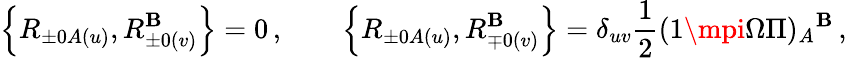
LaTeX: \left\{ R_{\pm0A(u)},R_{\pm0(v)}^{\mathbf{B}}\right\} =0\, ,\qquad\left\{ R_{\pm0A(u)},R_{\mp0(v)}^{\mathbf{B}}\right\} =\delta_{uv}\frac{{1}}{{2}}(1\mpi\Omega\Pi)_{A}{}^{\mathbf{B}}\, ,